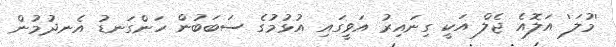
'މުލަ' އަލޮއެ ޖެލް އަކީ ގިނައިރު އަވީގައި އުޅުމުގެ ސަބަބުން ހަންގަނޑު އެނދުމުން